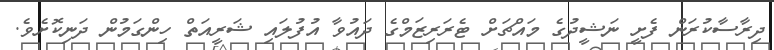
ދިރާސާކުރަން ފެށީ ނަޝީދުގެ މައްޗަށް ޓެރަރިޒަމްގެ ދައުވާ އުފުލައި ޝަރީއަތް ހިންގަމުން ދަނިކޮށެވެ.